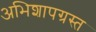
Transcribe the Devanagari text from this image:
अभिशापग्रस्त